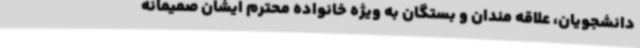
دانشجویان، علاقه مندان و بستگان به ویژه خانواده محترم ایشان صمیمانه